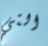
التي